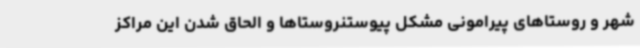
شهر و روستاهای پیرامونی مشکل پیوستنروستاها و الحاق شدن این مراکز